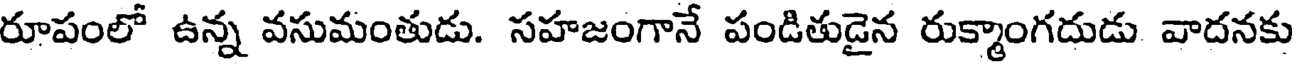
రూపంలో ఉన్న వసుమంతుడు. సహజంగానే పండితుడైన రుక్మాంగదుడు వాదనకు